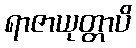
ရာဇာယုတ္တာပိ